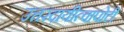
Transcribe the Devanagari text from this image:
उत्तरदायीत्वापोटी